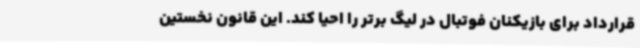
قرارداد برای بازیکنان فوتبال در لیگ برتر را احیا کند. این قانون نخستین